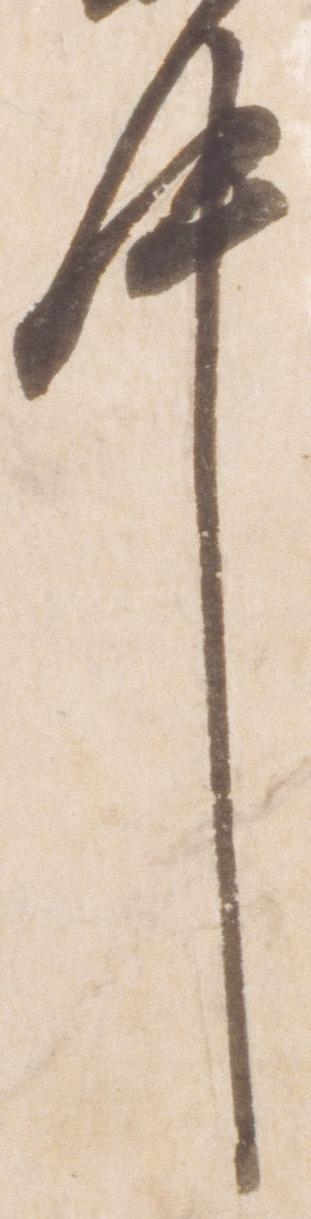
件